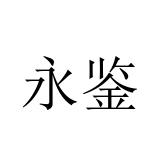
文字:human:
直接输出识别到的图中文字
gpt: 永鉴